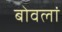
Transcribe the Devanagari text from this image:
बोवलां